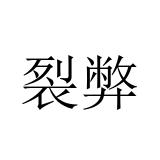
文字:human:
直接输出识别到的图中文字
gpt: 裂弊